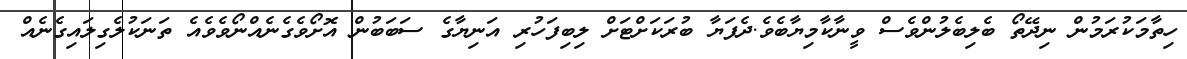
ހިތާމަކުރަމުން ނިދޭތޯ ބެލިބެލުންވެސް ވީނާކާމިޔާބެވެ.ދެފަޔާ ބުރަކަށްޓަށް ލިބިފަހުރި އަނިޔާގެ ސަބަބުން އޮށޯވެގެނެއްނޯވެވެއެ ތަނަކުލެގިލައިގެނެއް